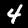
Label: 4